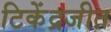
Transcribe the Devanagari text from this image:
टिकेंद्रजीत